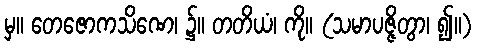
မှ။ တေဇောကသိဏေ၊ ၌။ တတိယံ၊ ကို။ (သမာပဇ္ဇိတွာ၊ ၍။)